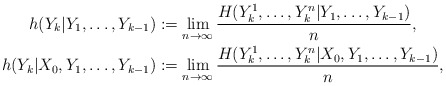
\begin{align*}h(Y_k|Y_1,\ldots,Y_{k-1})&:=\lim_{n\to\infty}\frac{H(Y_k^1,\ldots,Y_k^n|Y_1,\ldots,Y_{k-1})}{n},\\h(Y_k|X_0,Y_1,\ldots,Y_{k-1})&:=\lim_{n\to\infty}\frac{H(Y_k^1,\ldots,Y_k^n|X_0,Y_1,\ldots,Y_{k-1})}{n},\end{align*}